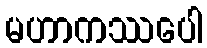
မဟာကဿပေါ